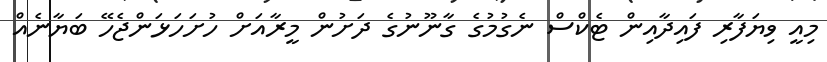
މިއީ ވިޔަފާރި ފައިދާއިން ޓެކްސް ނެގުމުގެ ގާނޫނުގެ ދަށުން މީރާއަށް ހުށަހަޅަންޖެހޭ ބަޔާނެއް